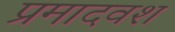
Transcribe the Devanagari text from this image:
प्रमादवश